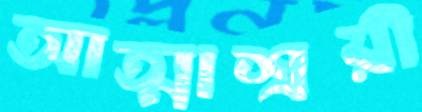
আত্মাশ্রয়ী